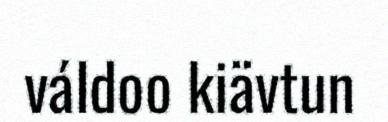
váldoo kiävtun